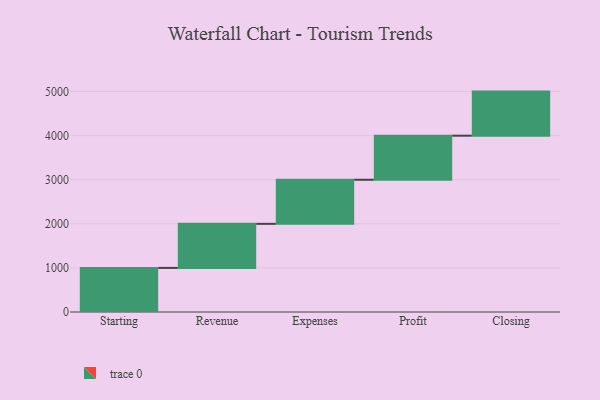
{"axis": {"x": "Step", "y": "Value"}, "legend": [""], "data": [{"x": "Starting", "y": 1000, "type": ""}, {"x": "Revenue", "y": 1000, "type": ""}, {"x": "Expenses", "y": 1000, "type": ""}, {"x": "Profit", "y": 1000, "type": ""}, {"x": "Closing", "y": 1000, "type": ""}]}